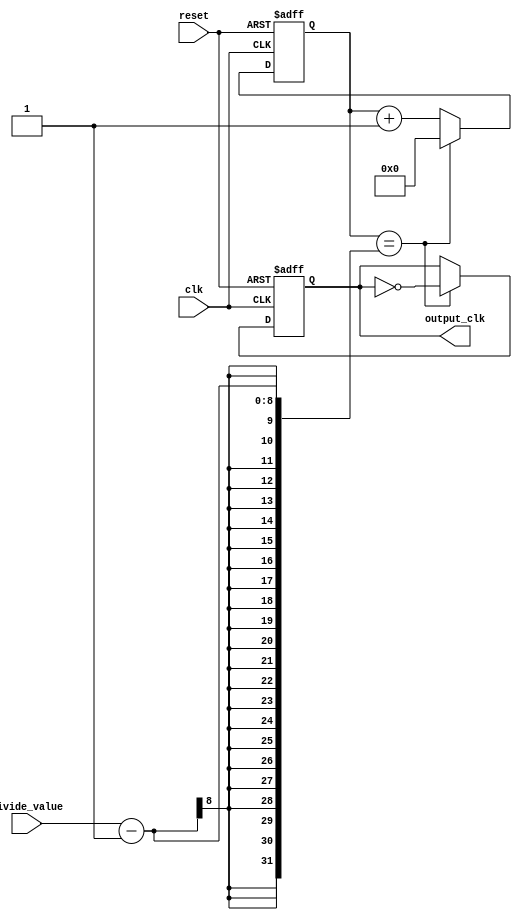
module ClockDivider(
  input wire clk,
  input wire reset,
  input wire [7:0] divide_value,
  output reg output_clk
);

reg [7:0] counter;

always @(posedge clk or posedge reset) begin
  if (reset) begin
    counter <= 0;
    output_clk <= 0;
  end else begin
    if (counter == divide_value - 1) begin
      counter <= 0;
      output_clk <= ~output_clk;
    end else begin
      counter <= counter + 1;
    end
  end
end

endmodule